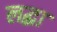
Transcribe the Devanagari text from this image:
लद्धा